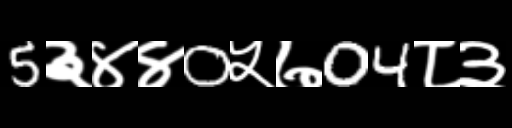
Text: 5३४४0५७04८३